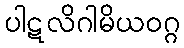
ပါဋလိဂါမိယဝဂ္ဂ